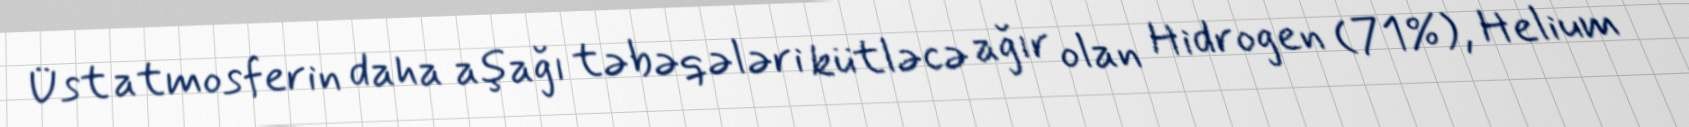
Üst atmosferin daha aşağı təbəqələri kütləcə ağır olan Hidrogen (71%), Helium